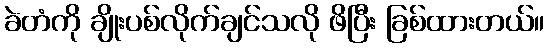
ခဲတံကို ချိုးပစ်လိုက်ချင်သလို ဖိပြီး ခြစ်ထားတယ်။